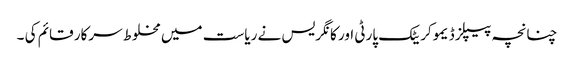
چنانچہ پیپلز ڈیموکریٹک پارٹی اور کانگریس نے ریاست میں مخلوط سرکار قائم کی ۔